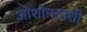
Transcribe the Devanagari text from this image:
ओशोमताशी